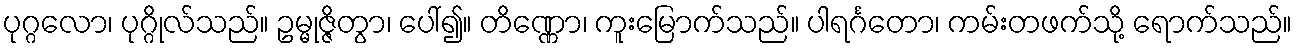
ပုဂ္ဂလော၊ ပုဂ္ဂိုလ်သည်။ ဥမ္မုဇ္ဇိတွာ၊ ပေါ်၍။ တိဏ္ဏော၊ ကူးမြောက်သည်။ ပါရင်္ဂတော၊ ကမ်းတဖက်သို့ ရောက်သည်။